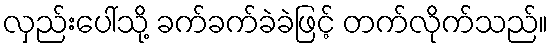
လှည်းပေါ်သို့ ခက်ခက်ခဲခဲဖြင့် တက်လိုက်သည်။